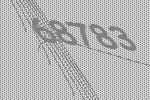
68783